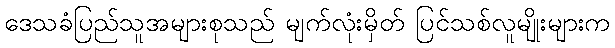
ဒေသခံပြည်သူအများစုသည် မျက်လုံးမှိတ် ပြင်သစ်လူမျိုးများက